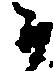
郎